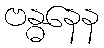
ဗန္ဓနေန